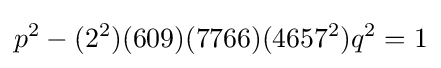
p^{2}-(2^{2})(609)(7766)(4657^{2})q^{2}=1